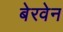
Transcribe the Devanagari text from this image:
बेरवेन